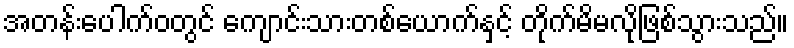
အတန်းပေါက်ဝတွင် ကျောင်းသားတစ်ယောက်နှင့် တိုက်မိမလိုဖြစ်သွားသည်။